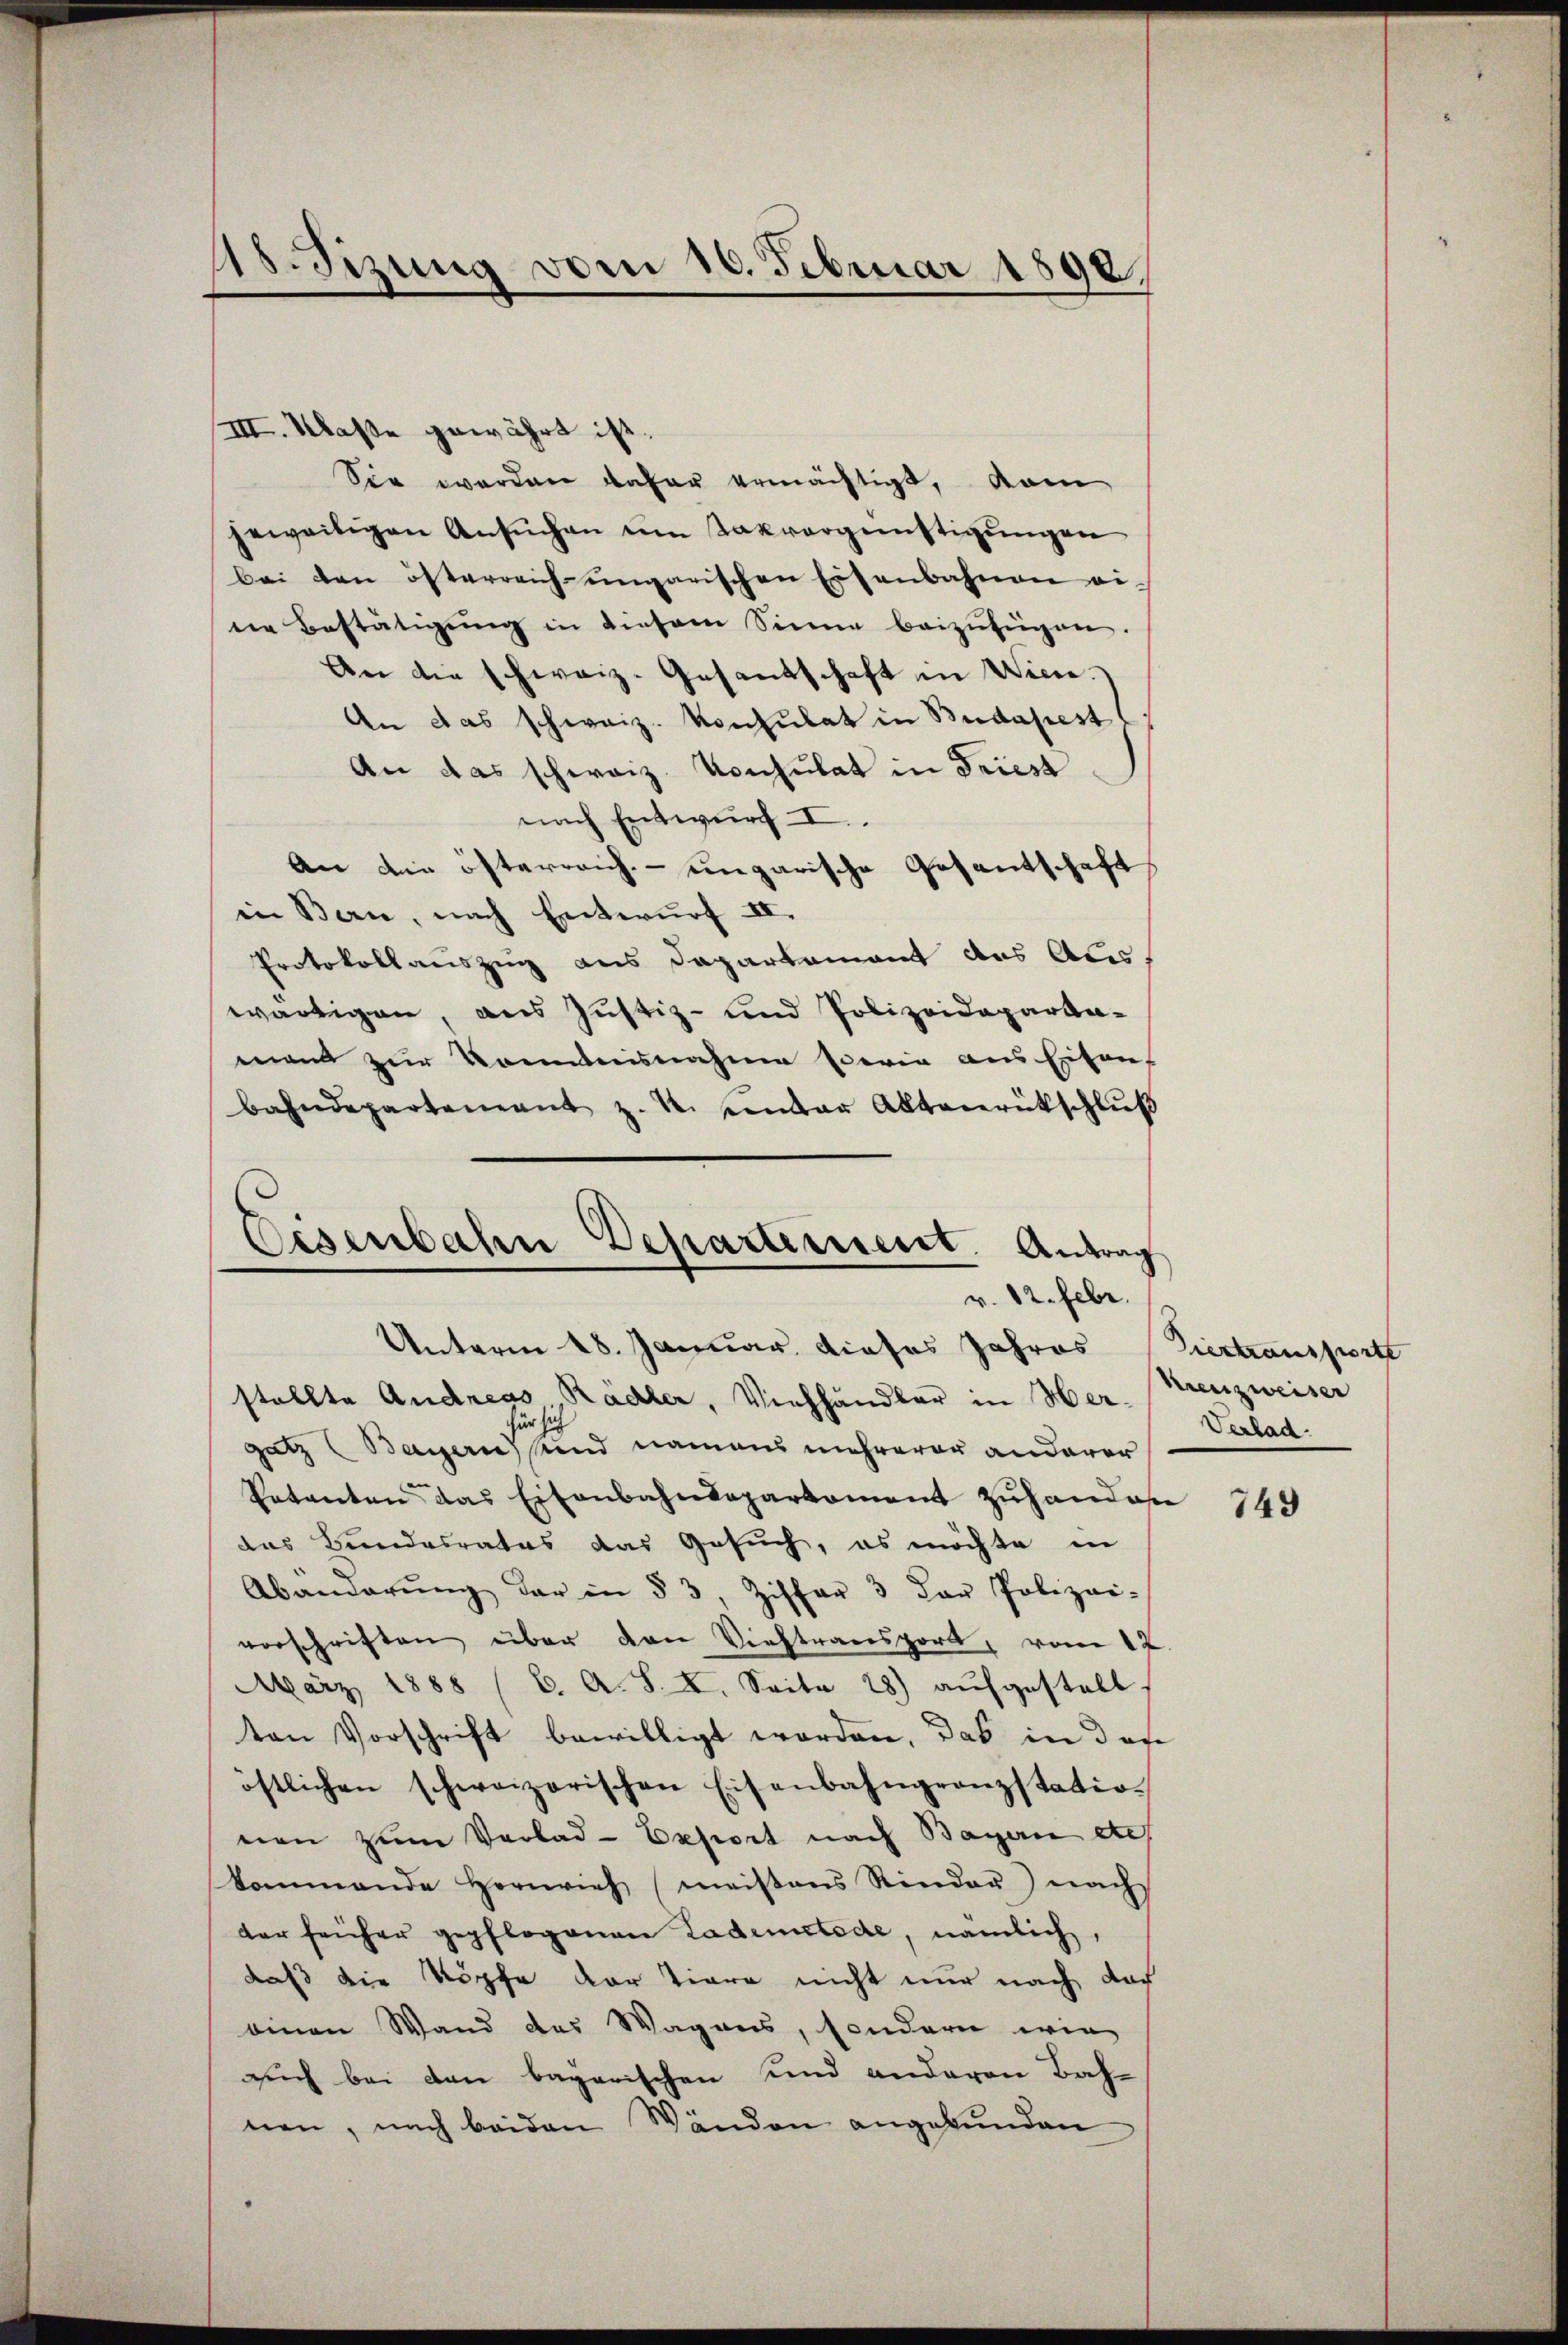
Ab.Sizung vom 10. Februar 1890.

III. Klaße gewährt ist.
Sie werden dafür ermächtigt, dam
jeweitigen Ansŭchen im Takvergünstigŭngen
bei den österreich ungarischen Eisenbahnen ei-
ne Bestätigung in diesem Sinne beizufügen.
An die schweiz. Gesandschaft in Wien.
An das schweiz. Konsulat in Budapest,
An das schweiz. Konsulat in Triest
nach Entwurf I.
An die öfterreich-ungarische Gesantschaft
in Bern, nach Entwurf II.
Protokollauszug aus Dapartament des Auswärtigen, aus Justiz- und Polizeideparta-
mand zur Kenntnisnahme sowie aus Eisenf
bahndepartement z. R. einbar Aktenrütschlŭβ
Eisenbahn Departerneret. Antrag

v. 12. Febr.
Unterm 18. Januar dieses Jahres

stellte Andreas Radler, Viehhändler in Her-
gatz (Bayern und namens mehrerer anderer
Patanten das Eisenbahndepartament zuhandes
das Bundesrates das Gesuch, es möchte in
Abänderŭng der in § 3, Ziffer 3 der Polizei-
vorschriften über den Viehtransport, vom 12
März 1888 (C. A. S. I. Seite 28) aŭfgestell
ten Vorschrift bewilligt worden, das in das
östlichen schweizerischen Eisenbahngrenzstation
nen zum Vorlad-Export nach Bayern etch
kommende Hornvieh meistens Rinder nach
der früher gepflogenen Lademetode, nämlich,
daß die Köpfe der Tiere nicht nur nach das
einen Wand das Wagens, sondern wie
sich bei den bagarischen und anderen Bah-
nen, nach beiden Wänden angebunden

Viertransporte
Kreuzweiser
Verbad.

749